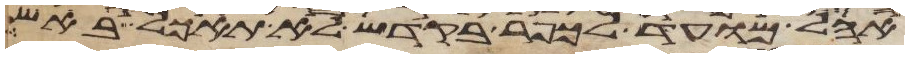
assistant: אהל מועד לכפר בקדש לא תאכל באש